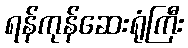
ရန်ကုန်ဆေးရုံကြီး